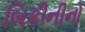
બિકીનીનો